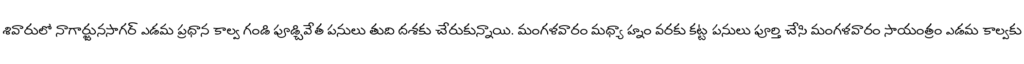
శివారులో నాగార్జునసాగర్ ఎడమ ప్రధాన కాల్వ గండి పూడ్చివేత పనులు తుది దశకు చేరుకున్నాయి. మంగళవారం మధ్యా హ్నం వరకు కట్ట పనులు పూర్తి చేసి మంగళవారం సాయంత్రం ఎడమ కాల్వకు